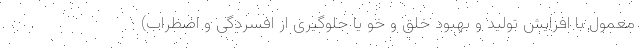
معمول با افزایش تولید و بهبود خلق و خو یا جلوگیری از افسردگی و اضطراب)